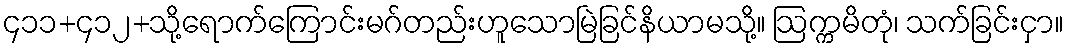
၄၁၁+၄၁၂+သို့ရောက်ကြောင်းမဂ်တည်းဟူသောမြဲခြင်နိယာမသို့။ ဩက္ကမိတုံ၊ သက်ခြင်းငှာ။